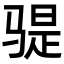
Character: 𫘨